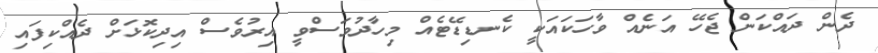
ދެން ދައްކަން ޖެހޭ އަނެއްް ވާހަކައަކީ ކެނޑިޑޭޓެއް މިހާދުވަސްވީ އިރުވެސް އިދިކޮޅަށް ދެއްކިފައި